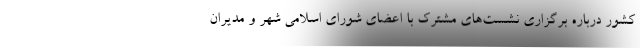
کشور درباره برگزاری نشست‌های مشترک با اعضای شورای اسلامی شهر و مدیران